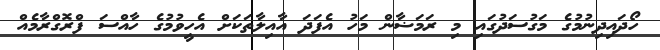
ހޯދައިދިނުމުގެ މަގުސަދުގައި މި ރަމަޟާން މަހު އެފަދަ އާއިލާތަކަށް އެހީވުމުގެ ހާއްސަ ފްރޮގްރާމެއް